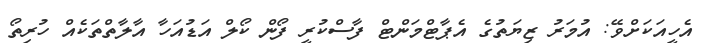
އެހީއަކަށްވޭ: އުމަރު ޒިޔަތުގެ އެޕާޓްމަންޓް ފާސްކުރީ ފޯން ކޯލް އަޑުއަހާ އާލާތްތަކެއް ހުރިތޯ